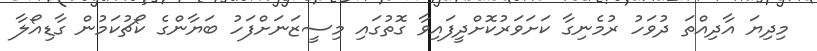
މިދިޔަ އާދިއްތަ ދުވަހު ރުމެނިގާ ކަށަވަރުކޮށްދީފައިވާ ގޮތުގައި މިސީޒަނަށްފަހު ބަޔާންގެ ކޯޗުކަމުން ގާޑިއޯލާ